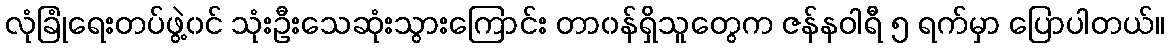
လုံခြုံရေးတပ်ဖွဲ့၀င် သုံးဦးသေဆုံးသွားကြောင်း တာ၀န်ရှိသူတွေက ဇန်နဝါရီ ၅ ရက်မှာ ပြောပါတယ်။